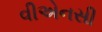
વીએનસી